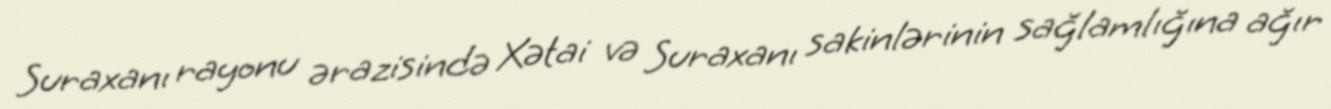
Suraxanı rayonu ərazisində Xətai və Suraxanı sakinlərinin sağlamlığına ağır